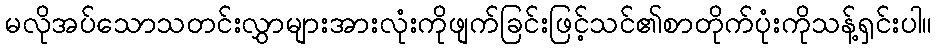
မလိုအပ်သောသတင်းလွှာများအားလုံးကိုဖျက်ခြင်းဖြင့်သင်၏စာတိုက်ပုံးကိုသန့်ရှင်းပါ။